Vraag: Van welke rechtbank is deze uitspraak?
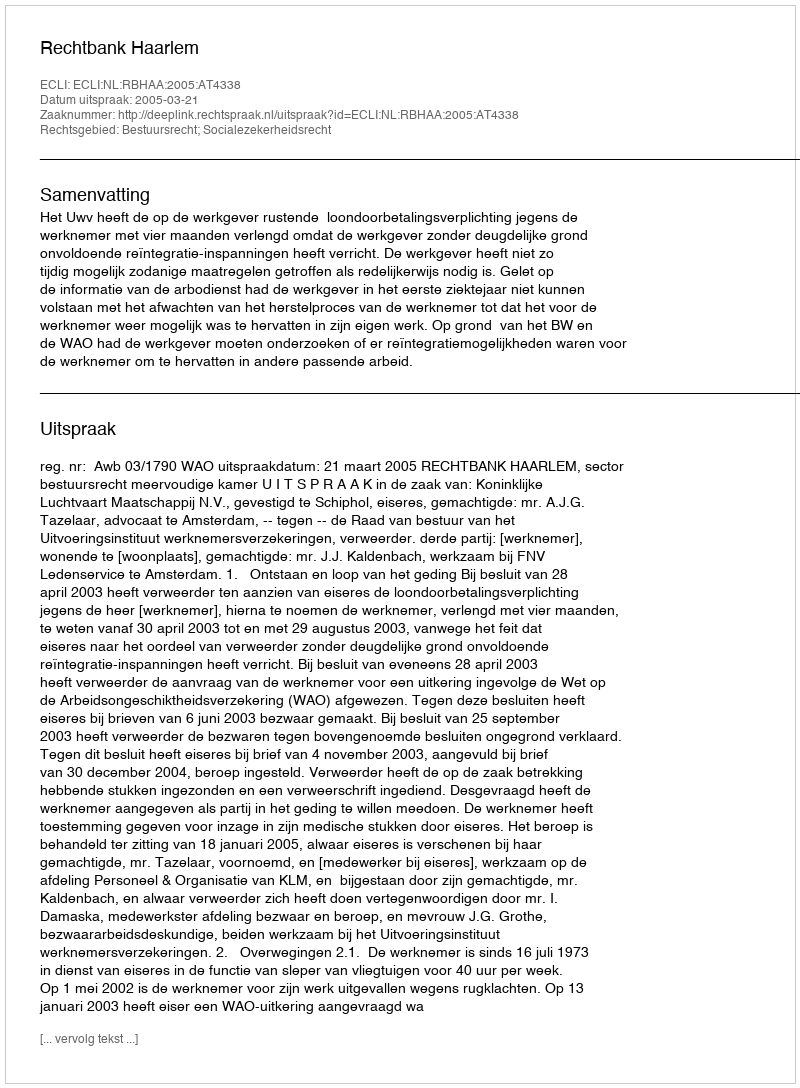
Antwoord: Rechtbank Haarlem